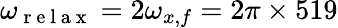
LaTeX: \omega_{\mathrm{~r~e~l~a~x~}}=2\omega_{x,f}=2\pi\times 519